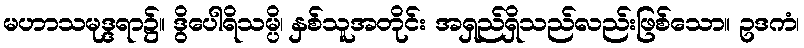
မဟာသမုဒ္ဒရာ၌။ ဒွိပေါရိသမ္ပိ၊ နှစ်သူအတိုင်း အရှည်ရှိသည်လည်းဖြစ်သော။ ဥဒကံ၊